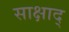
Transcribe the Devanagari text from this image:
साक्षाद्